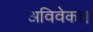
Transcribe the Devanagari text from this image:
अविवेका।